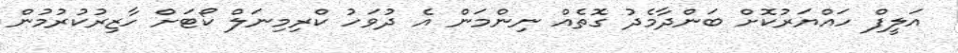
އަލީފް ހައްޔަރުކޮށް ބަންދާމެދު ގޮތެއް ނިންމަން އެ ދުވަހު ކްރިމިނަލް ކޯޓަށް ހާޒިރުކުރުމުން